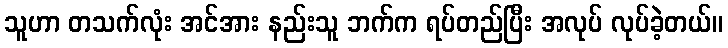
သူဟာ တသက်လုံး အင်အား နည်းသူ ဘက်က ရပ်တည်ပြီး အလုပ် လုပ်ခဲ့တယ်။